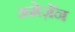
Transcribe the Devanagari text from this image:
अमेज़ॅन